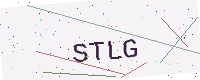
Text: STLG